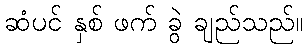
ဆံပင် နှစ် ဖက် ခွဲ ချည်သည်။